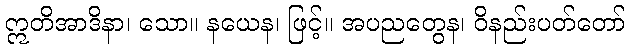
ဣတိအာဒိနာ၊ သော။ နယေန၊ ဖြင့်။ အပညတွေန၊ ဝိနည်းပတ်တော်